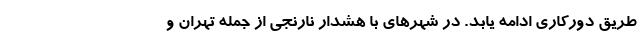
طریق دورکاری ادامه یابد. در شهرهای با هشدار نارنجی از جمله تهران و